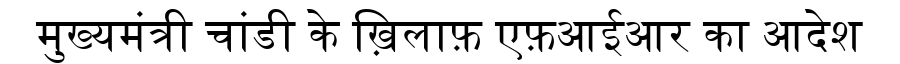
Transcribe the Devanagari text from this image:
मुख्यमंत्री चांडी के ख़िलाफ़ एफ़आईआर का आदेश